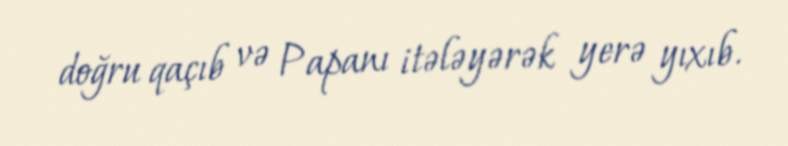
doğru qaçıb və Papanı itələyərək yerə yıxıb.